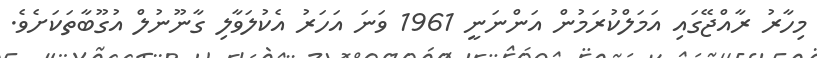
މިހާރު ރާއްޖޭގައި އަމަލްކުރަމުން އަންނަނީ 1961 ވަނަ އަހަރު އެކުލަވާލި ގާނޫނުލް އުގޫބާތަކަށެވެ.